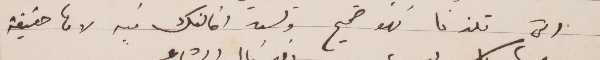
التي تلذنا فهو صحيح ولست اخالفك فيه لانها حقيقة